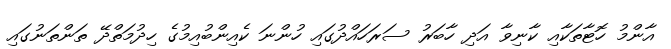
އާންމު ހޮޓާތަކާއި ކާނިވާ އަދި ހާބަރު ސަރަހައްދުގައި ހުންނަ ކެއިންބުއިމުގެ ހިދުމަތްދޭ ތަންތަނުގައި